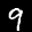
Label: 9